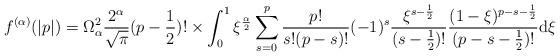
LaTeX: \begin{align*}f^{(\alpha)}(|p|) = \Omega_{\alpha}^2 \frac{2^{\alpha}}{\sqrt{\pi}} (p-\frac{1}{2})! \times\int_{0}^{1}\xi^{\frac{\alpha}{2}}\sum_{s=0}^p\frac{p!}{s!(p-s)!}(-1)^s\frac{\xi^{s-\frac{1}{2}}}{(s-\frac{1}{2})!}\frac{(1-\xi)^{p-s-\frac{1}{2}}}{(p-s-\frac{1}{2})!}{\rm d}\xi\end{align*}